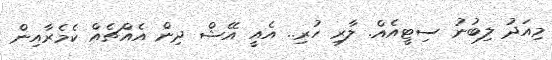
މިއަދު ލިބުނު ސިޓީއެއް. ލާރި ހުރި.. އެއީ އޭޝް ދިން އެއްޗެއް ކެމެރާއިން